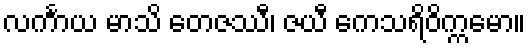
လင်္ကာယ မာသိ တေဇဿီ၊ ဇယီ ကေသရိဝိက္ကမော။